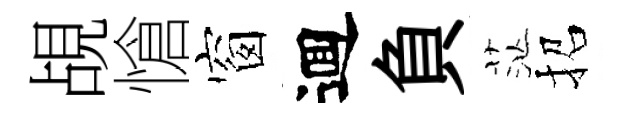
覘愴窗逥負茫招